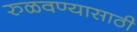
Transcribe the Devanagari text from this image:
रुळवण्यासाठी